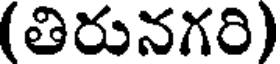
(తిరునగరి)